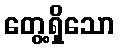
တွေ့ရှိသော